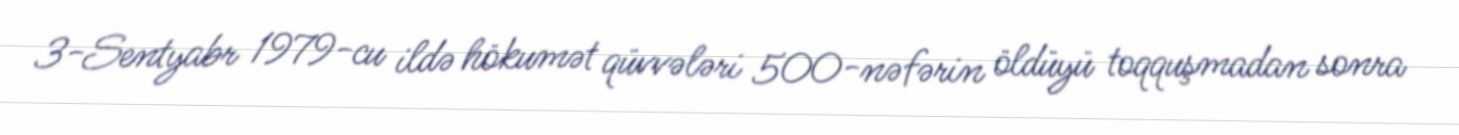
3-Sentyabr 1979-cu ildə hökumət qüvvələri 500-nəfərin öldüyü toqquşmadan sonra